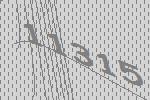
11315